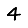
Digit: 4